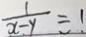
\frac { 1 } { x - y } = 1